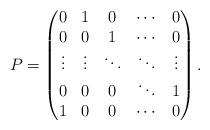
LaTeX: \begin{align*}P=\begin{pmatrix}0 & 1 & 0 & \cdots & 0\\0 & 0 & 1 & \cdots & 0\\\vdots & \vdots & \ddots & \ddots & \vdots\\0 & 0 & 0 & \ddots & 1\\1 & 0 & 0 & \cdots & 0\end{pmatrix}.\end{align*}